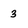
Character: 3